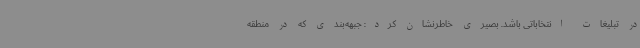
در تبلیغات انتخاباتی باشد. بصیری خاطرنشان کرد: جبهه‌بندی که در منطقه